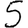
Digit: 5